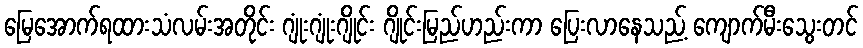
မြေအောက်ရထားသံလမ်းအတိုင်း ဂျုံးဂျုံးဂျိုင်း ဂျိုင်းမြည်ဟည်းကာ ပြေးလာနေသည့် ကျောက်မီးသွေးတင်